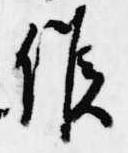
候